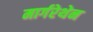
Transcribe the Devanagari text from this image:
मार्गरेथेन